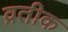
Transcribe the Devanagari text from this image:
व्रतीक